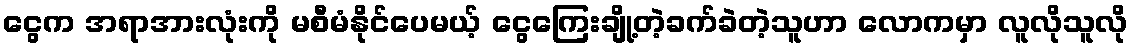
ငွေက အရာအားလုံးကို မစီမံနိုင်ပေမယ့် ငွေကြေးချို့တဲ့ခက်ခဲတဲ့သူဟာ လောကမှာ လူလိုသူလို